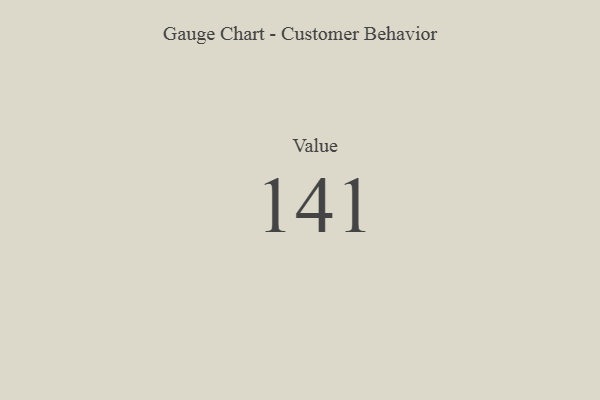
{"axis": {"x": "Metric", "y": "Value"}, "legend": [""], "data": [{"x": "Value", "y": 141, "type": ""}]}